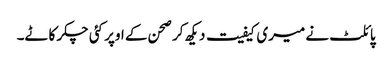
پائلٹ نے میری کیفیت دیکھ کر صحن کے اوپر کئی چکر کاٹے۔